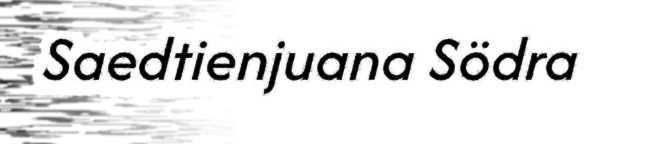
Saedtienjuana Södra